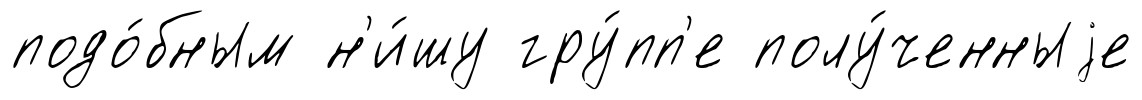
подо́бным н'и́шу гру́пп'е полу́ченныjе